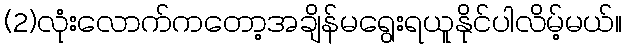
(2)လုံးလောက်ကတော့အချိန်မရွေးရယူနိုင်ပါလိမ့်မယ်။